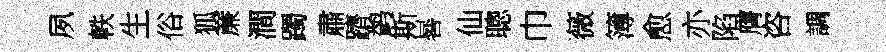
夙軼生俗狐亷澗躅肅躋鹢斯晷仙聰巾薇簿愈亦陷膺咨調